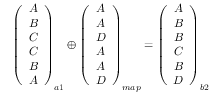
\begin{array} { r } { \left( \begin{array} { c } { A } \\ { B } \\ { C } \\ { C } \\ { B } \\ { A } \end{array} \right) _ { a 1 } \oplus \left( \begin{array} { c } { A } \\ { A } \\ { D } \\ { A } \\ { A } \\ { D } \end{array} \right) _ { m a p } = \left( \begin{array} { c } { A } \\ { B } \\ { B } \\ { C } \\ { B } \\ { D } \end{array} \right) _ { b 2 } } \end{array}